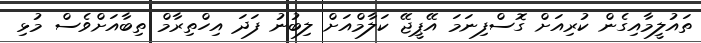
ތައުލީމާއިގެން ކުރިއަށް ގޮސްފިނަމަ އޭޕީޖޭ ކަލާމްއަށް ލިބުނު ފަދަ އިހްތިރާމް ތިބާއަށްވެސް މުޅި